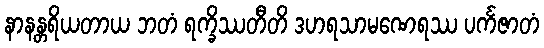
နာနန္တရိယတာယ ဘတံ ရက္ခိဿတီတိ ဒဟရသာမဏေရဿ ပင်္ကဇာတံ